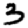
Digit: 3